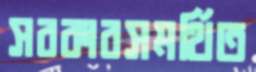
সরকারসমর্থিত